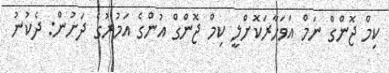
ކިމް ޖޮންގް ނަމް އަވަހާރަކޮށްލީ ކިމް ޖޮންގް އުންގެ އަމުރުގެ ދަށުން: ދެކުނު